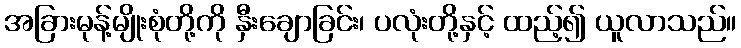
အခြားမုန့်မျိုးစုံတို့ကို နှီးချောခြင်း၊ ပလုံးတို့နှင့် ထည့်၍ ယူလာသည်။